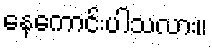
နေကောင်းပါသလား။